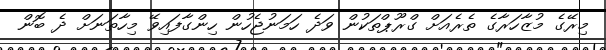
މިރޭގެ މުޒާހަރާގެ ތެރެއަށް ގްރޫޕްތަކުން ވަދެ ހަމަނުޖެހުން ހިންގާފައިވޭ މިހާތަނަށް ދެ ބޮން